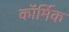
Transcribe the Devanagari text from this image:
कॉर्मिक